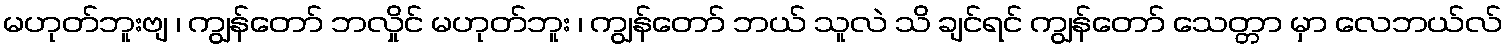
မဟုတ်ဘူးဗျ ၊ ကျွန်တော် ဘလှိုင် မဟုတ်ဘူး ၊ ကျွန်တော် ဘယ် သူလဲ သိ ချင်ရင် ကျွန်တော် သေတ္တာ မှာ လေဘယ်လ်